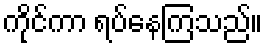
ကိုင်ကာ ရပ်နေကြသည်။